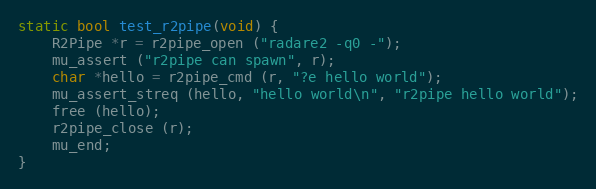
Language: C
static bool test_r2pipe(void) {
	R2Pipe *r = r2pipe_open ("radare2 -q0 -");
	mu_assert ("r2pipe can spawn", r);
	char *hello = r2pipe_cmd (r, "?e hello world");
	mu_assert_streq (hello, "hello world\n", "r2pipe hello world");
	free (hello);
	r2pipe_close (r);
	mu_end;
}